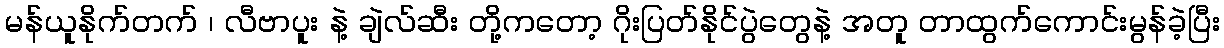
မန်ယူနိုက်တက် ၊ လီဗာပူး နဲ့ ချဲလ်ဆီး တို့ကတော့ ဂိုးပြတ်နိုင်ပွဲတွေနဲ့ အတူ တာထွက်ကောင်းမွန်ခဲ့ပြီး